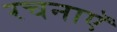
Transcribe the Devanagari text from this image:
रचनाएॅ